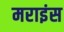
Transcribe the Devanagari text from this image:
मराइंस